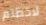
لاحظتم